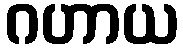
ဂဟာယ